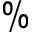
\%